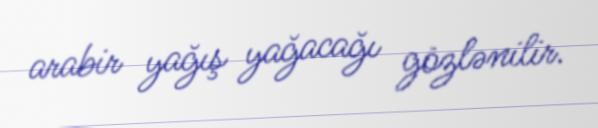
arabir yağış yağacağı gözlənilir.